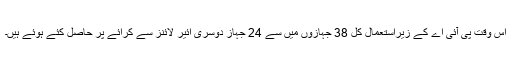
اس وقت پی آئی اے کے زیرِاستعمال کل 38 جہازوں میں سے 24 جہاز دوسری ائیر لائنز سے کرائے پر حاصل کئے ہوئے ہیں۔